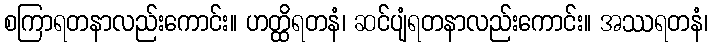
စကြာရတနာလည်းကောင်း။ ဟတ္ထိရတနံ၊ ဆင်ပျံရတနာလည်းကောင်း။ အဿရတနံ၊